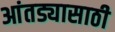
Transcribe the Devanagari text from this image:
आंतड्यासाठी